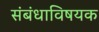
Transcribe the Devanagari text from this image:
संबंधाविषयक